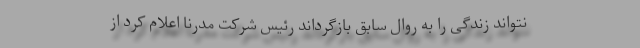
نتواند زندگی را به روال سابق بازگرداند رئیس شرکت مدرنا اعلام کرد از